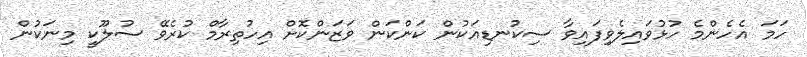
ހަމަ އެހެންމެ ހުޅުވައިލެވިފައިވާ ސިކުނޑިއަކުން ކަންކަން ވަޒަންކޮށް އިހުތިރާމް ކުރެވޭ ސުލޫކީ މިނަކުން